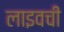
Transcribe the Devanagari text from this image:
लाइवची